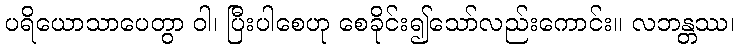
ပရိယောသာပေတွာ ဝါ၊ ပြီးပါစေဟု စေခိုင်း၍သော်လည်းကောင်း။ လဘန္တဿ၊